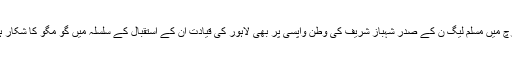
مارچ میں مسلم لیگ ن کے صدر شہباز شریف کی وطن واپسی پر بھی لاہور کی قیادت ان کے استقبال کے سلسلہ میں گو مگو کا شکار ہے۔